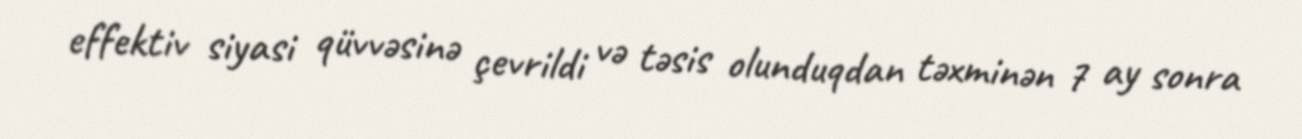
effektiv siyasi qüvvəsinə çevrildi və təsis olunduqdan təxminən 7 ay sonra